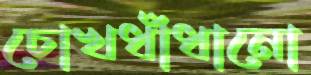
চোখধাঁধানো